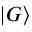
\vert G \rangle